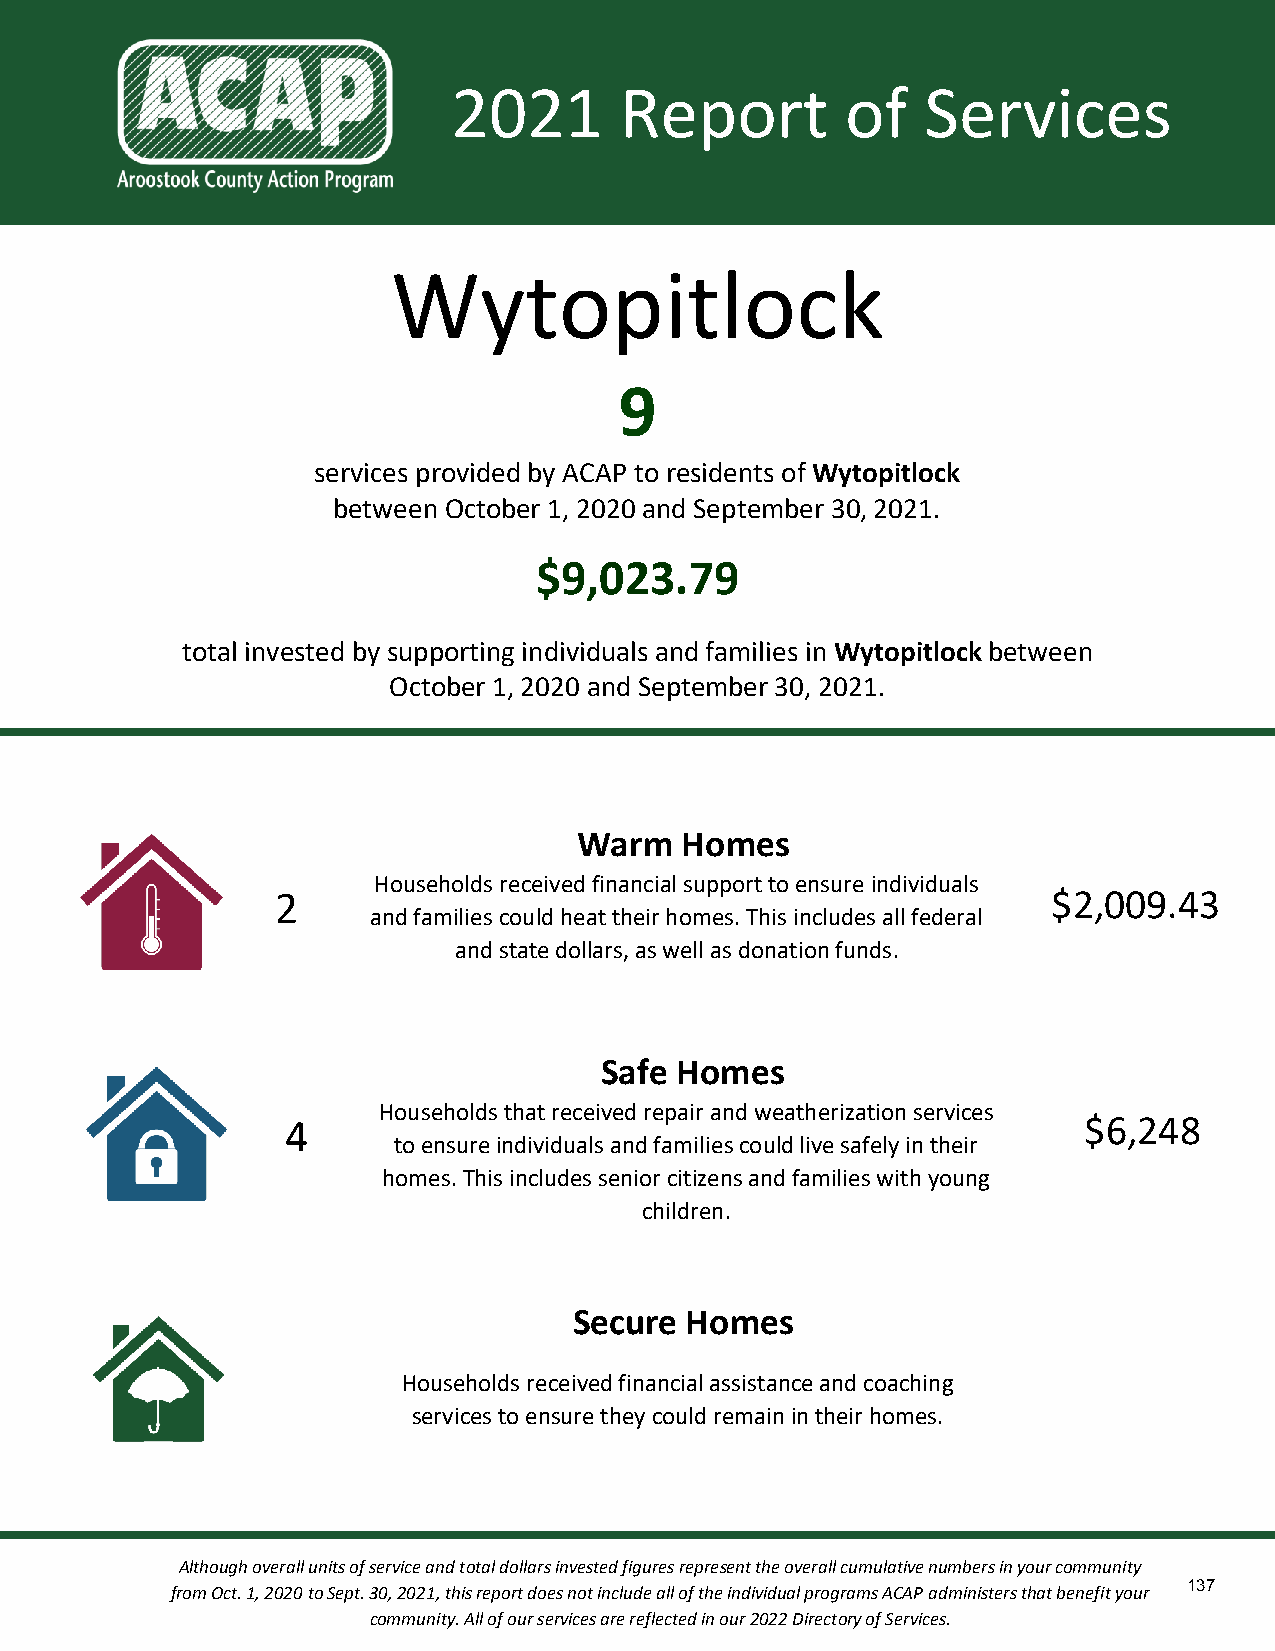
2021       Report         of   Services
 Wytopitlock
 9
 services provided by ACAP to residents of Wytopitlock
 between October 1, 2020 and September 30, 2021.
 $9,023.79
 total invested by supporting individuals and families in Wytopitlock between
 October 1, 2020 and September 30, 2021.
 Warm   Homes
 Households received financial support to ensure individuals
 2                                                   $2,009.43
 and families could heat their homes. This includes all federal
 and state dollars, as well as donation funds.
 Safe Homes
 Households that received repair and weatherization services
 4                                                    $6,248
 to ensure individuals and families could live safely in their
 homes. This includes senior citizens and families with young
 children.
 Secure Homes
 Households received financial assistance and coaching
 services to ensure they could remain in their homes.
 Although overall units of service and total dollars invested figures represent the overall cumulative numbers in your community
 137
 from Oct. 1, 2020 to Sept. 30, 2021, this report does not include all of the individual programs ACAP administers that benefit your
 community. All of our services are reflected in our 2022 Directory of Services.